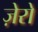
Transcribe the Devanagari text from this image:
ज़ेरो